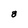
Character: 8